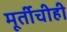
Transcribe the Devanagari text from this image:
मूर्तीचीही